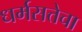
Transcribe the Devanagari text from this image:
धर्मसत्तेचा